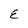
Character: E